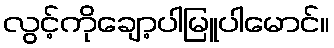
လွင့်ကိုချော့ပါမြူပါမောင်။